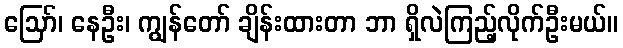
ဪ၊ နေဦး၊ ကျွန်တော် ချိန်းထားတာ ဘာ ရှိလဲကြည့်လိုက်ဦးမယ်။